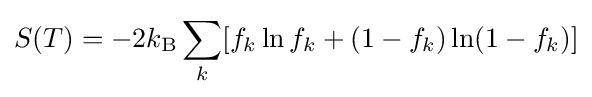
S(T)=-2k_{\rm {B}}\sum _{k}[f_{k}\ln f_{k}+(1-f_{k})\ln(1-f_{k})]